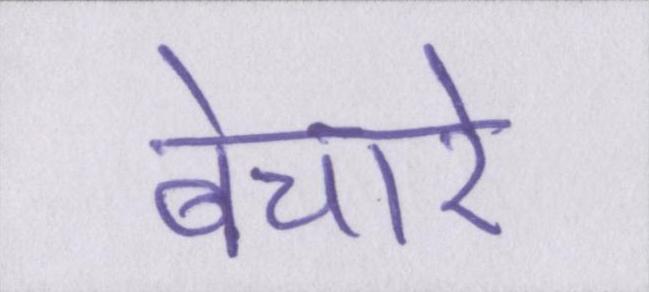
बेचारे